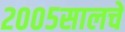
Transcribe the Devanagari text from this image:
२००५सालचे